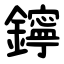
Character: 鑏